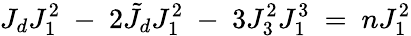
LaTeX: J_{d}J_{1}^{2}\ -\ 2\tilde{J}_{d}J_{1}^{2}\ -\ 3J_{3}^{2}J_{1}^{3}\ =\ nJ_{1}^{2}